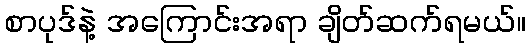
စာပုဒ်နဲ့ အကြောင်းအရာ ချိတ်ဆက်ရမယ်။